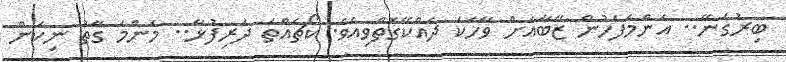
ބިރުގަނޭ.. އެންމެފަހުން ޒޭބާއަށް ވާހަކަ ދެއްކޭގޮތްވިއެވެ. ކޯޗެއްތަ ދަރިފުޅާ.. މަންމަ ގާތު ނިކަން